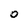
Character: 0